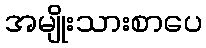
အမျိုးသားစာပေ